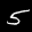
Digit: 5